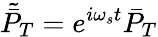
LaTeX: \tilde{\bar{P}}_{T}=e^{i\omega_{s}t}\bar{P}_{T}